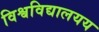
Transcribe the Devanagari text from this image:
विश्वविद्यालयय